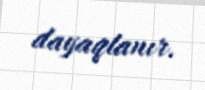
dayaqlanır.